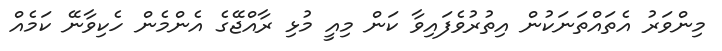
މިންވަރު އެތައްތަނަކުން އިތުރުވެފައިވާ ކަން މިއީ މުޅި ރާއްޖޭގެ އެންމެން ހެކިވާނޭ ކަމެއް